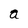
Character: a